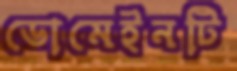
ডোমেইনটি